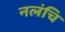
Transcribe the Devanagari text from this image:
नलंचि